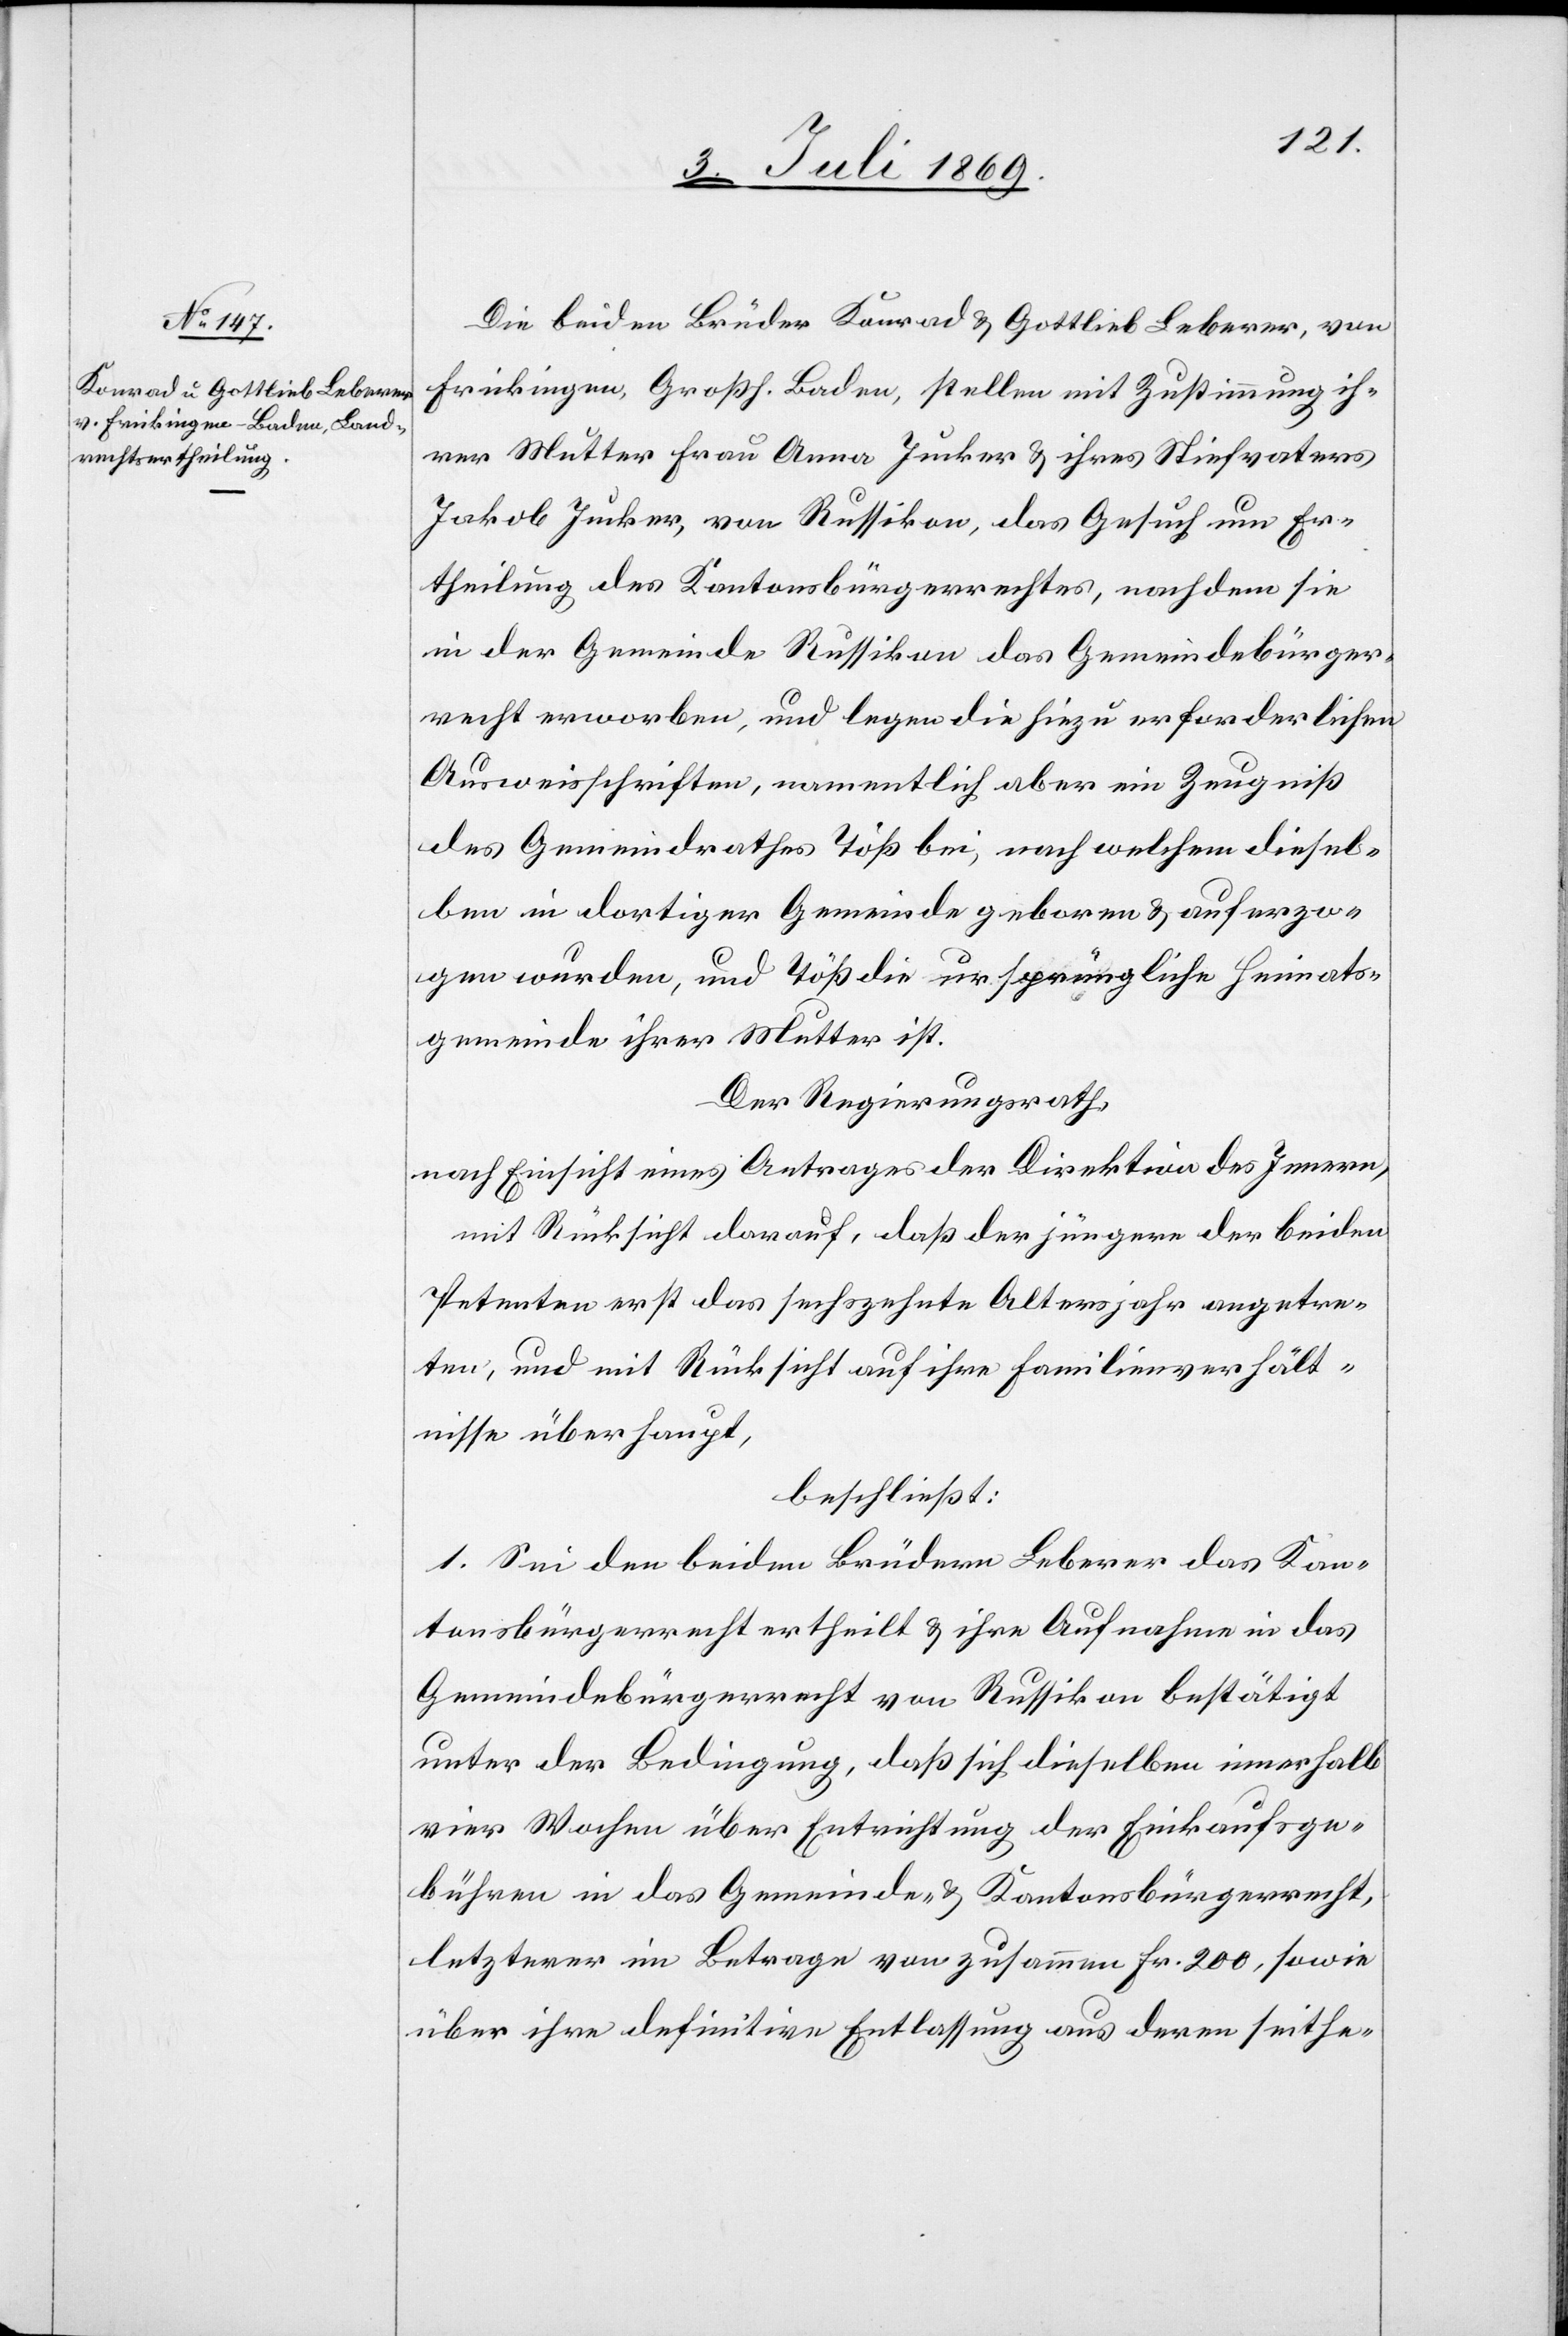
Die beiden Brüder Konrad u. Gottlieb Leberer, von
Freikingen, Großh. Baden, stellen mit Zustimmung ih¬
rer Mutter Frau Anna Jucker u. ihres Stiefvaters
Jakob Jucker, von Russikon, das Gesuch um Er¬
theilung des Kantonsbürgerrechtes, nachdem sie
in der Gemeinde Russikon das Gemeindebürger¬
recht erworben, und legen die hiezu erforderlichen
Ausweisschriften, namentlich aber ein Zeugniß
des Gemeindrathes Töß bei, nach welchem diesel¬
ben in dortiger Gemeinde geboren u. auferzo¬
gen wurden, und Töß die ursprüngliche Heimats¬
gemeinde ihrer Mutter ist.
Der Regierungsrath,
nach Einsicht eines Antrages der Direktion des Innern,
mit Rücksicht darauf, daß der jüngere der beiden
Petenten erst das sechszehnte Altersjahr angetre¬
ten, und mit Rücksicht auf ihre Familienverhält¬
nisse überhaupt,
beschließt:
1. Sei den beiden Brüdern Leberer das Kan¬
tonsbürgerrecht ertheit u. ihre Aufnahme in das
Gemeindsbürgerrecht von Russikon bestätigt
unter der Bedingung, daß sich dieselben innerhalb
vier Wochen über Entrichtung der Einkaufsge¬
bühren in das Gemeinde- u. Kantonsbürgerrecht,
letzterer im Betrage von zusammen Fr. 200, sowie
über ihre definitive Entlassung aus deren seithe-